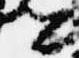
卿